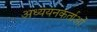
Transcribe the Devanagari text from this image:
अध्‍ययनकर्ताओं